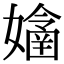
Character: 𡣊